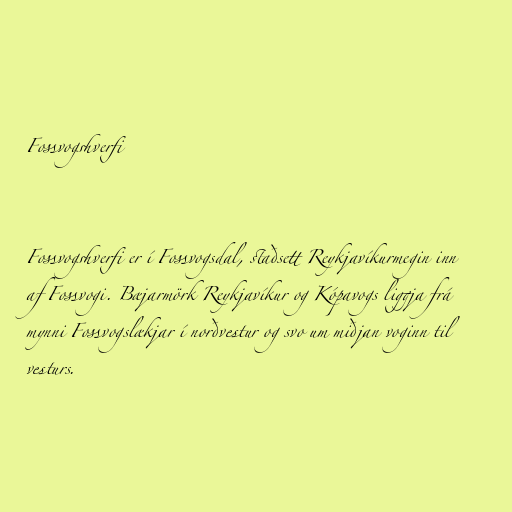
Fossvogshverfi

Fossvogshverfi er í Fossvogsdal, staðsett Reykjavíkurmegin inn
af Fossvogi. Bæjarmörk Reykjavíkur og Kópavogs liggja frá
mynni Fossvogslækjar í norðvestur og svo um miðjan voginn til
vesturs.